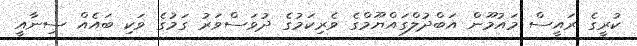
ކުރީގެ ރައީސް މައުމޫން އަބްދުލްގައްޔޫމްގެ ވެރިކަމުގެ ދުވަސްވަރު ގަމުގެ ވަކި ބައެއް ސިނާއީ